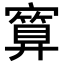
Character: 𪧯